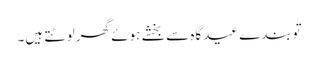
توبندے عیدگاہ سے بخشے ہوئے گھر لوٹتے ہیں۔